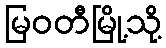
မြဝတီမြို့သို့